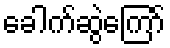
ခေါက်ဆွဲကြော်